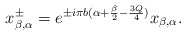
\begin{align*}x^\pm_{\beta,\alpha}= e^{\pm i\pi b(\alpha+\frac{\beta}{2}-\frac{3Q}{4})}x_{\beta,\alpha}.\end{align*}